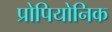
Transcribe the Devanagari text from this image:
प्रोपियोनिक